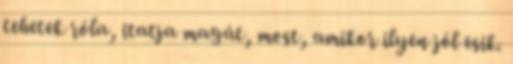
tehetek róla, itatja magát, most, amikor ilyen jól esik.